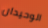
الوحيدان